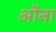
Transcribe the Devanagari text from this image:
ओंना